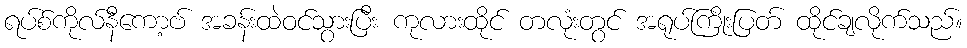
ရပ်စ်ကိုလ်နီကော့ဗ် အခန်းထဲဝင်သွားပြီး ကုလားထိုင် တလုံးတွင် အရုပ်ကြိုးပြတ် ထိုင်ချလိုက်သည်။